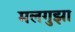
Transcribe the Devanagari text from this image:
मलगुझा